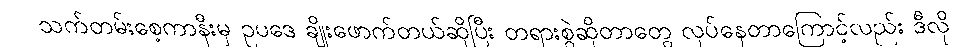
သက်တမ်းစေ့ကာနီးမှ ဥပဒေ ချိုးဖောက်တယ်ဆိုပြီး တရားစွဲဆိုတာတွေ လုပ်နေတာကြောင့်လည်း ဒီလို